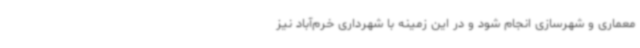
معماری و شهرسازی انجام شود و در این زمینه با شهرداری خرم‌آباد نیز